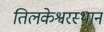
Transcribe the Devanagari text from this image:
तिलकेश्वरस्थान